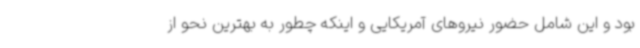
بود و این شامل حضور نیروهای آمریکایی و اینکه چطور به بهترین نحو از